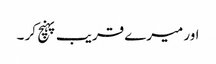
اور میرے قریب پہنچ کر ۔